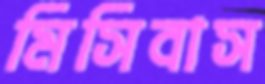
মিসিবাস